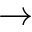
\rightarrow